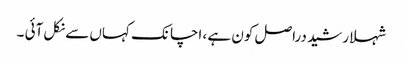
شہلا رشید دراصل کون ہے ، اچانک کہاں سے نکل آئی ۔